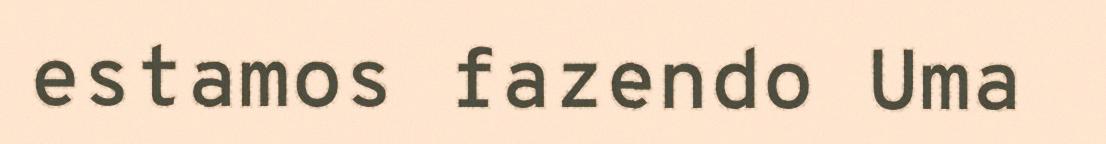
estamos fazendo Uma